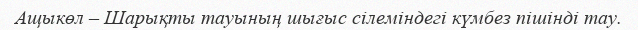
Ащыкөл – Шарықты тауының шығыс сілеміндегі күмбез пішінді тау.